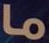
ما